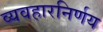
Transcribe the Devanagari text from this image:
व्यवहारनिर्णय